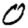
Digit: 0